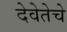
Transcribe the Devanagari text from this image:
देवेतेचे